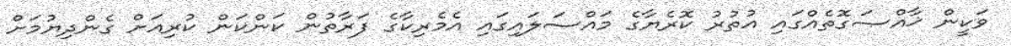
ވަކީން ޚާއްޞަގޮތެއްގައި އުތުރު ކޮރެޔާގެ މައްސަލައިގައި އެމެރިކާގެ ފަރާތުން ކަންކަން ކުރިއަށް ގެންދިޔުމަށް